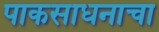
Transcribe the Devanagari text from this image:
पाकसाधनाचा